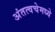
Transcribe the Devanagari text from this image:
अंतत्वचेमध्ये